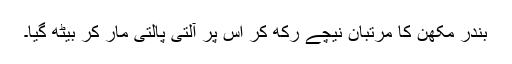
بندر مکھّن کا مرتبان نیچے رکھ کر اس پر آلتی پالتی مار کر بیٹھ گیا۔